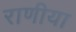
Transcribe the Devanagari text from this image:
राणीया